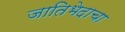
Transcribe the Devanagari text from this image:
जातिभेदाचा